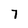
Character: 7